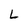
Character: L